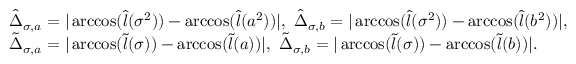
\begin{array} { r l } & { \hat { \Delta } _ { \sigma , a } = | \operatorname { a r c c o s } ( \hat { l } ( \sigma ^ { 2 } ) ) - \operatorname { a r c c o s } ( \hat { l } ( a ^ { 2 } ) ) | , \ \hat { \Delta } _ { \sigma , b } = | \operatorname { a r c c o s } ( \hat { l } ( \sigma ^ { 2 } ) ) - \operatorname { a r c c o s } ( \hat { l } ( b ^ { 2 } ) ) | , } \\ & { \tilde { \Delta } _ { \sigma , a } = | \operatorname { a r c c o s } ( \tilde { l } ( \sigma ) ) - \operatorname { a r c c o s } ( \tilde { l } ( a ) ) | , \ \tilde { \Delta } _ { \sigma , b } = | \operatorname { a r c c o s } ( \tilde { l } ( \sigma ) ) - \operatorname { a r c c o s } ( \tilde { l } ( b ) ) | . } \end{array}